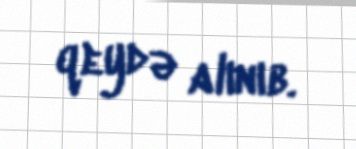
qeydə alınıb.